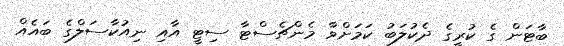
ބާޓަން ގެ ކުރީގެ ދެކުލަބު ކަމަށްވާ މެންޗެސްޓާ ސިޓީ އާއި ނިއުކާސަލްގެ ބައެއް